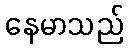
နေမာသည်